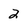
Character: 2